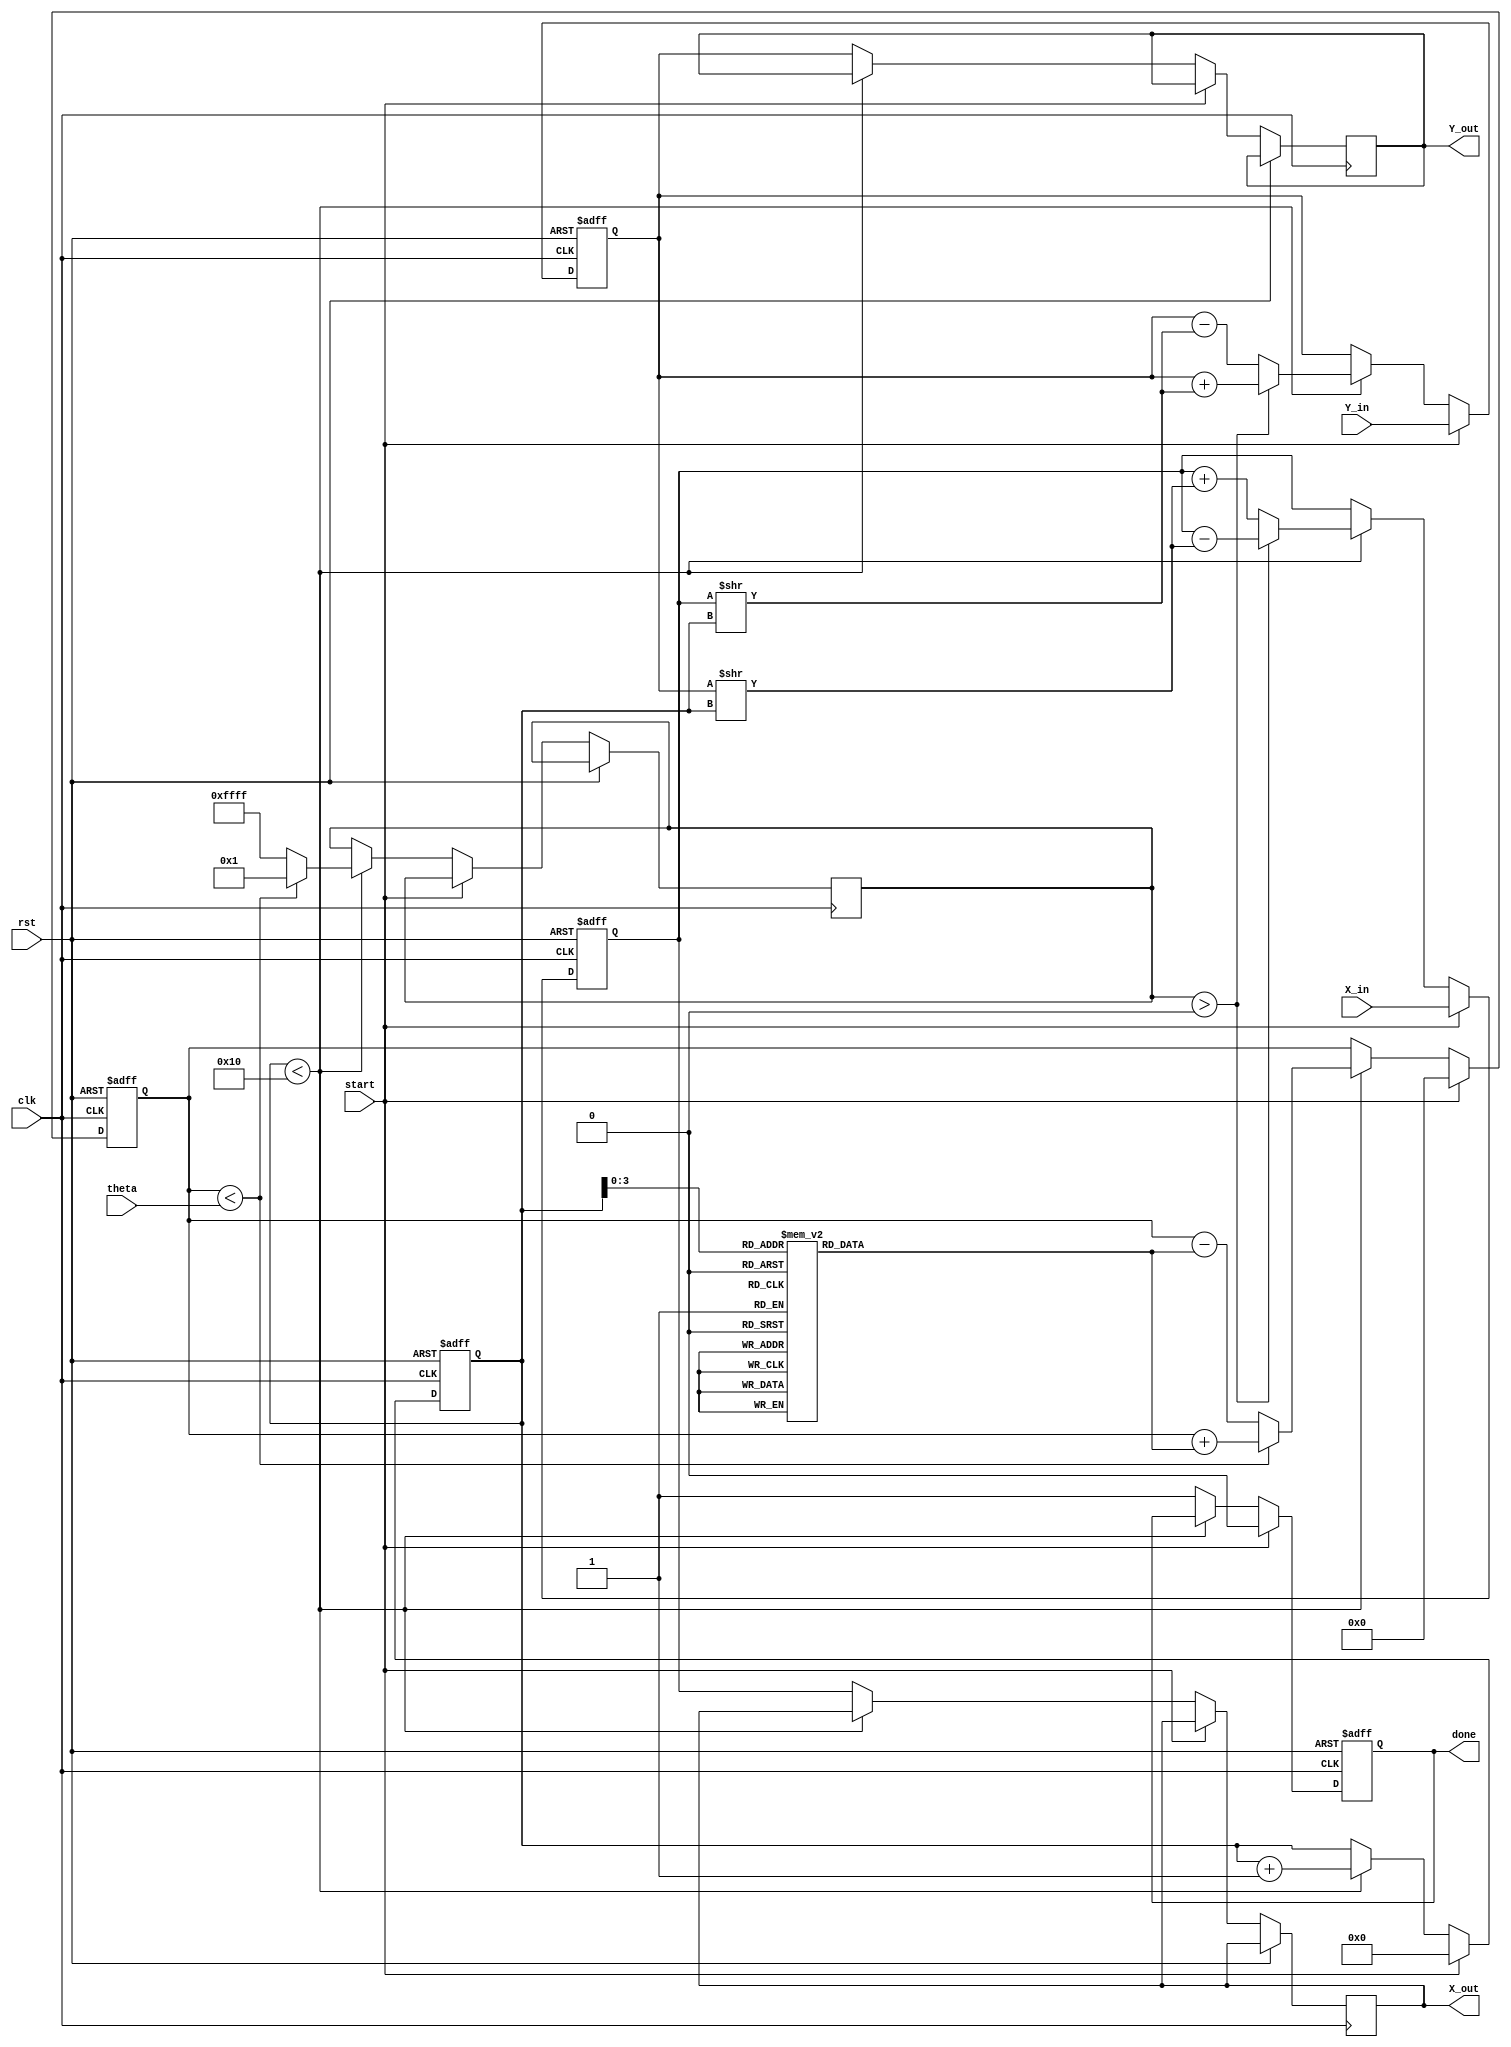
module cordic_fixed_point #(
    parameter N = 16,         // Total number of bits for fixed-point representation
    parameter ITERATIONS = 16 // Number of iterations for convergence
)(
    input wire clk,           // Clock signal
    input wire rst,           // Reset signal
    input wire [N-1:0] theta, // Input angle (fixed-point representation)
    input wire [N-1:0] X_in,  // Initial X coordinate
    input wire [N-1:0] Y_in,  // Initial Y coordinate
    input wire start,         // Start signal to begin computation
    output reg [N-1:0] X_out, // Resulting X coordinate
    output reg [N-1:0] Y_out, // Resulting Y coordinate
    output reg done           // Done signal to indicate completion
);

    // Internal signals
    reg [N-1:0] X, Y;             // Current X and Y values
    reg [N-1:0] angle_table [0:ITERATIONS-1]; // Angle lookup table
    reg [N-1:0] theta_accum;      // Accumulated angle
    reg [4:0] i;                  // Iteration counter
    reg [N-1:0] d;                // Direction (1 or -1)

    // Initialize angle table (fixed-point representation of atan(2^-i))
    initial begin
        angle_table[0] = 16'h2000; // atan(1) = pi/4 in fixed-point
        angle_table[1] = 16'h1000; // atan(1/2)
        angle_table[2] = 16'h0800; // atan(1/4)
        angle_table[3] = 16'h0400; // atan(1/8)
        angle_table[4] = 16'h0200; // atan(1/16)
        angle_table[5] = 16'h0100; // atan(1/32)
        angle_table[6] = 16'h0080; // atan(1/64)
        angle_table[7] = 16'h0040; // atan(1/128)
        angle_table[8] = 16'h0020; // atan(1/256)
        angle_table[9] = 16'h0010; // atan(1/512)
        angle_table[10] = 16'h0008; // atan(1/1024)
        angle_table[11] = 16'h0004; // atan(1/2048)
        angle_table[12] = 16'h0002; // atan(1/4096)
        angle_table[13] = 16'h0001; // atan(1/8192)
        angle_table[14] = 16'h0000; // atan(0)
        angle_table[15] = 16'h0000; // atan(0)
    end

    // State machine for CORDIC operation
    always @(posedge clk or posedge rst) begin
        if (rst) begin
            X <= 0;
            Y <= 0;
            theta_accum <= 0;
            i <= 0;
            done <= 0;
        end else begin
            if (start) begin
                // Initialize values
                X <= X_in;
                Y <= Y_in;
                theta_accum <= 0;
                i <= 0;
                done <= 0;
            end else if (i < ITERATIONS) begin
                // Determine direction
                if (theta_accum < theta) begin
                    d <= 1; // Rotate counterclockwise
                    theta_accum <= theta_accum + angle_table[i];
                end else begin
                    d <= -1; // Rotate clockwise
                    theta_accum <= theta_accum - angle_table[i];
                end

                // CORDIC update equations
                if (d > 0) begin
                    X <= X - (Y >> i);
                    Y <= Y + (X >> i);
                end else begin
                    X <= X + (Y >> i);
                    Y <= Y - (X >> i);
                end

                // Increment iteration counter
                i <= i + 1;
            end else begin
                // Final output assignment
                X_out <= X;
                Y_out <= Y;
                done <= 1; // Indicate completion
            end
        end
    end
endmodule